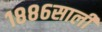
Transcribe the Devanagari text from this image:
१८८६साली